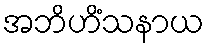
အဘိဟိံသနာယ